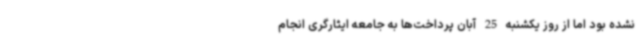
نشده بود اما از روز یکشنبه 25 آبان پرداخت‌ها به جامعه ایثارگری انجام